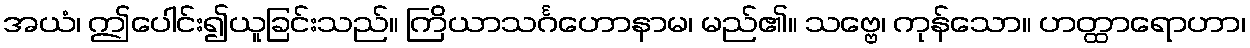
အယံ၊ ဤပေါင်း၍ယူခြင်းသည်။ ကြိယာသင်္ဂဟောနာမ၊ မည်၏။ သဗ္ဗေ၊ ကုန်သော။ ဟတ္ထာရောဟာ၊